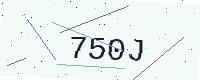
Text: 750J